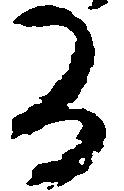
る